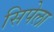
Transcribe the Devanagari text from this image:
सिपेला